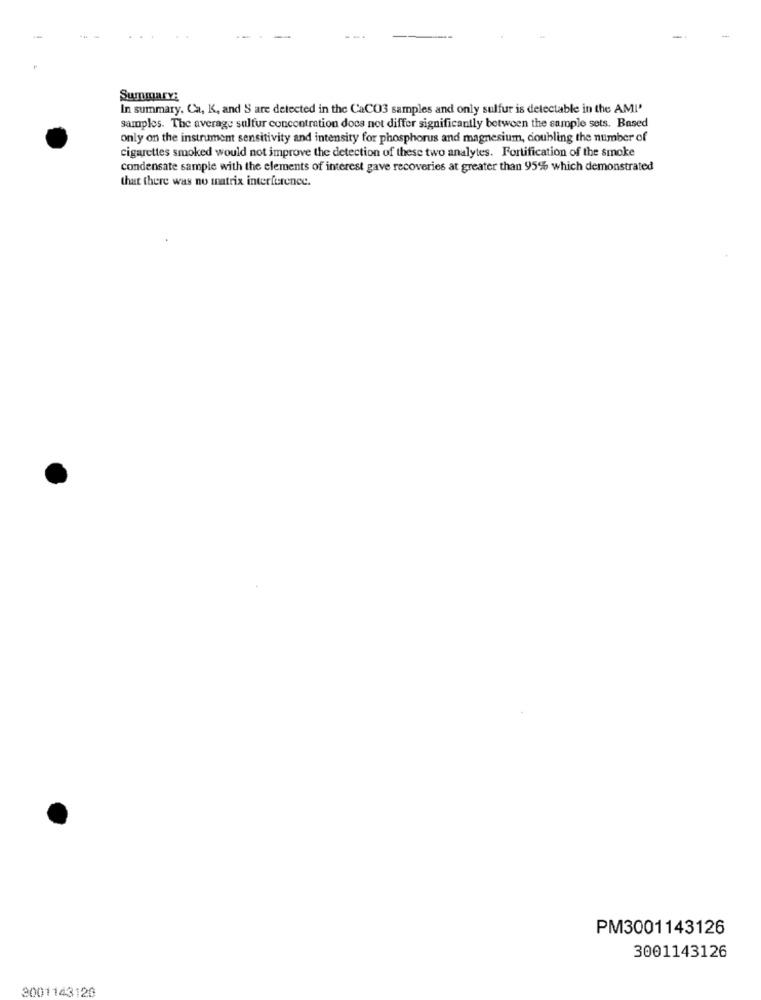
-
Summary:
In summary. Ca, K, and 'S are detected in the CaCO3 samples and only sulfur is detectable in the AMI'
samples. The average sulfur concentration does not differ significantly between the sample sets. Based
only on the instrument sensitivity and intensity for phosphorus and magnesium, doubling the number of
cigarettes smoked would not improve the detection of these two analytes. Fortification of the smoke
condensate sample with the elements of interest gave recoveries at greater than 95% which demonstrated
that there was no matrix interference.
PM3001143126
3001143126
3001143120